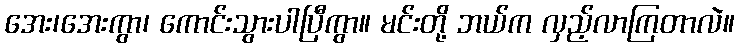
အေး၊အေးကွာ၊ ကောင်းသွားပါပြီကွာ။ မင်းတို့ ဘယ်က လှည့်လာကြတာလဲ။